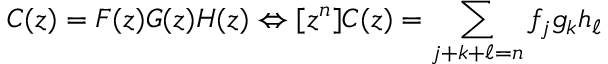
C ( z ) = F ( z ) G ( z ) H ( z ) \Leftrightarrow [ z ^ { n } ] C ( z ) = \sum _ { j + k + \ell = n } f _ { j } g _ { k } h _ { \ell }